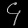
Digit: ၄